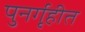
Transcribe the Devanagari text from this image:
पुनर्गृहीत